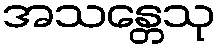
အသန္တေသု